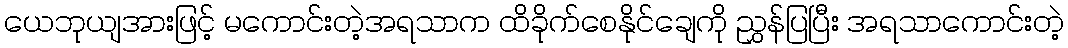
ယေဘုယျအားဖြင့် မကောင်းတဲ့အရသာက ထိခိုက်စေနိုင်ချေကို ညွှန်ပြပြီး အရသာကောင်းတဲ့